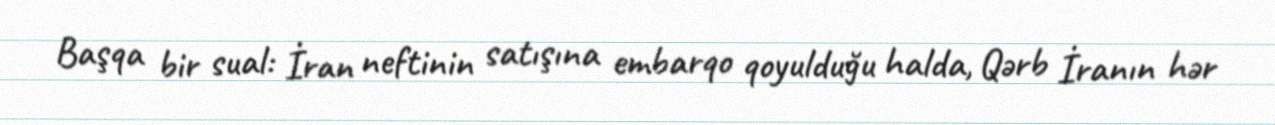
Başqa bir sual: İran neftinin satışına embarqo qoyulduğu halda, Qərb İranın hər